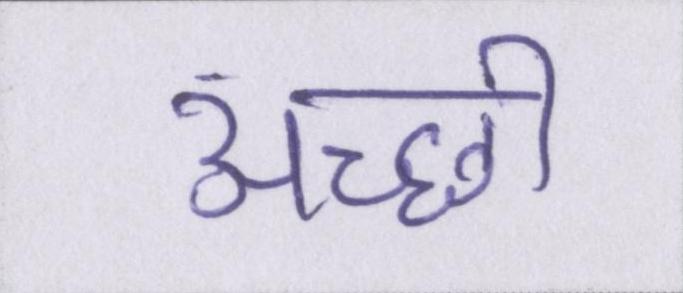
अच्छी